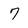
Character: 7